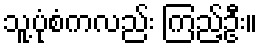
သူ့ပုံစံကလည်း ကြည့်ဦး။